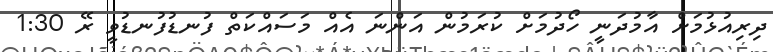
ދިރިއުޅުމަށް އާމުދަނީ ހޯދުމަށް ކުރަމުން އަންނަ އެއް މަސައްކަތް ފުނޑުފުނޑުވީ ރޭ 1:30